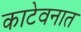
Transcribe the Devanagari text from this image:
काटेवनात